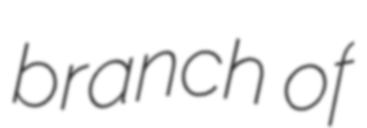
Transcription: branch of